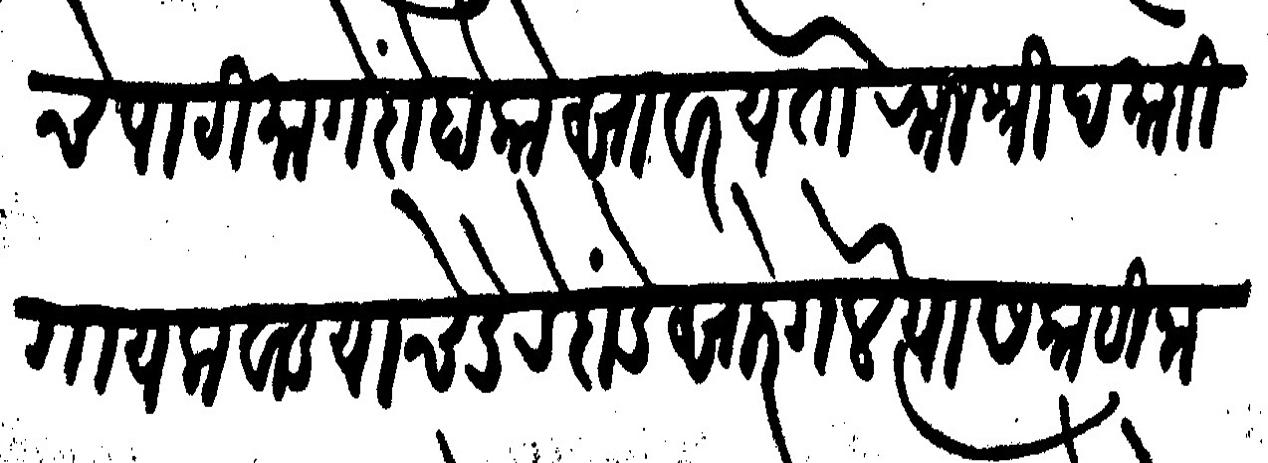
Transliteration (Devanagari): चे पाटीमागें दोहो कोसावर येतो राजश्री दमाजी गायकवाड याचे डेरे दांडे सारे गेले त्यास काही नाही